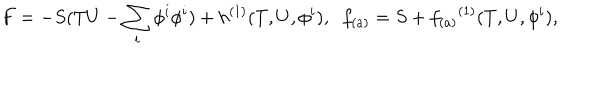
F = - S ( T U - \sum _ { i } \phi ^ { i } \phi ^ { i } ) + { h } ^ { ( 1 ) } ( T , U , \phi ^ { i } ) , \; \; f _ { ( a ) } = S + { f _ { ( a ) } } ^ { ( 1 ) } ( T , U , \phi ^ { i } ) ,